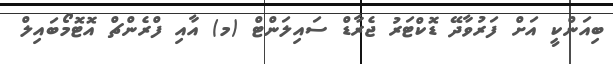
ބިއަންކީ އަށް ފަރުވާދޭ ޑޮކްޓަރު ޖެރާޑް ސައިލަންޓް (މ) އާއި ފްރެންޗް އޮޓޮމޯބައިލް